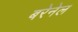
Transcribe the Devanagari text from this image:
बरेनेल